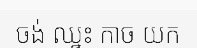
ចង់ ឈ្នះ កាច យក